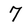
Character: 7